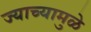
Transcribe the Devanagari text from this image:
ज्याच्यामुळे